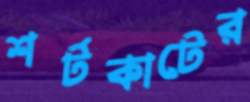
শর্টকাটের